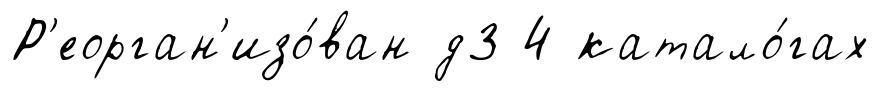
Р'еорган'изо́ван д3 4 катало́гах